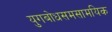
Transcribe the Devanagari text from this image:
युगबोधसमसामयिक